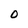
Character: O